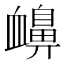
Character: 𧗗